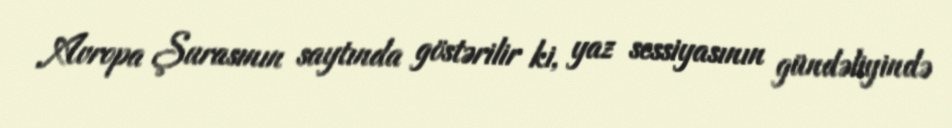
Avropa Şurasının saytında göstərilir ki, yaz sessiyasının gündəliyində